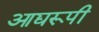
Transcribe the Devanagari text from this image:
आद्यरूपी